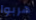
هربوا